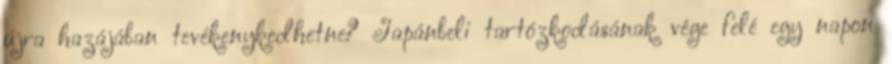
újra hazájában tevékenykedhetne? Japánbeli tartózkodásának vége felé egy napon